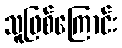
သူဖြစ်ကြောင်း